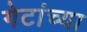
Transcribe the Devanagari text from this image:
गेटांच्या